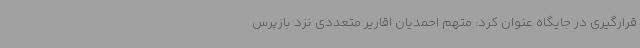
قرارگیری در جایگاه عنوان کرد: متهم احمدیان اقاریر متعددی نزد بازپرس